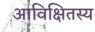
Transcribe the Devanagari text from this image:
आविक्षितस्य